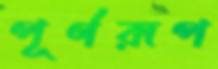
পূর্ণরূপ